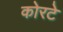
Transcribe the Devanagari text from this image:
कोरटे